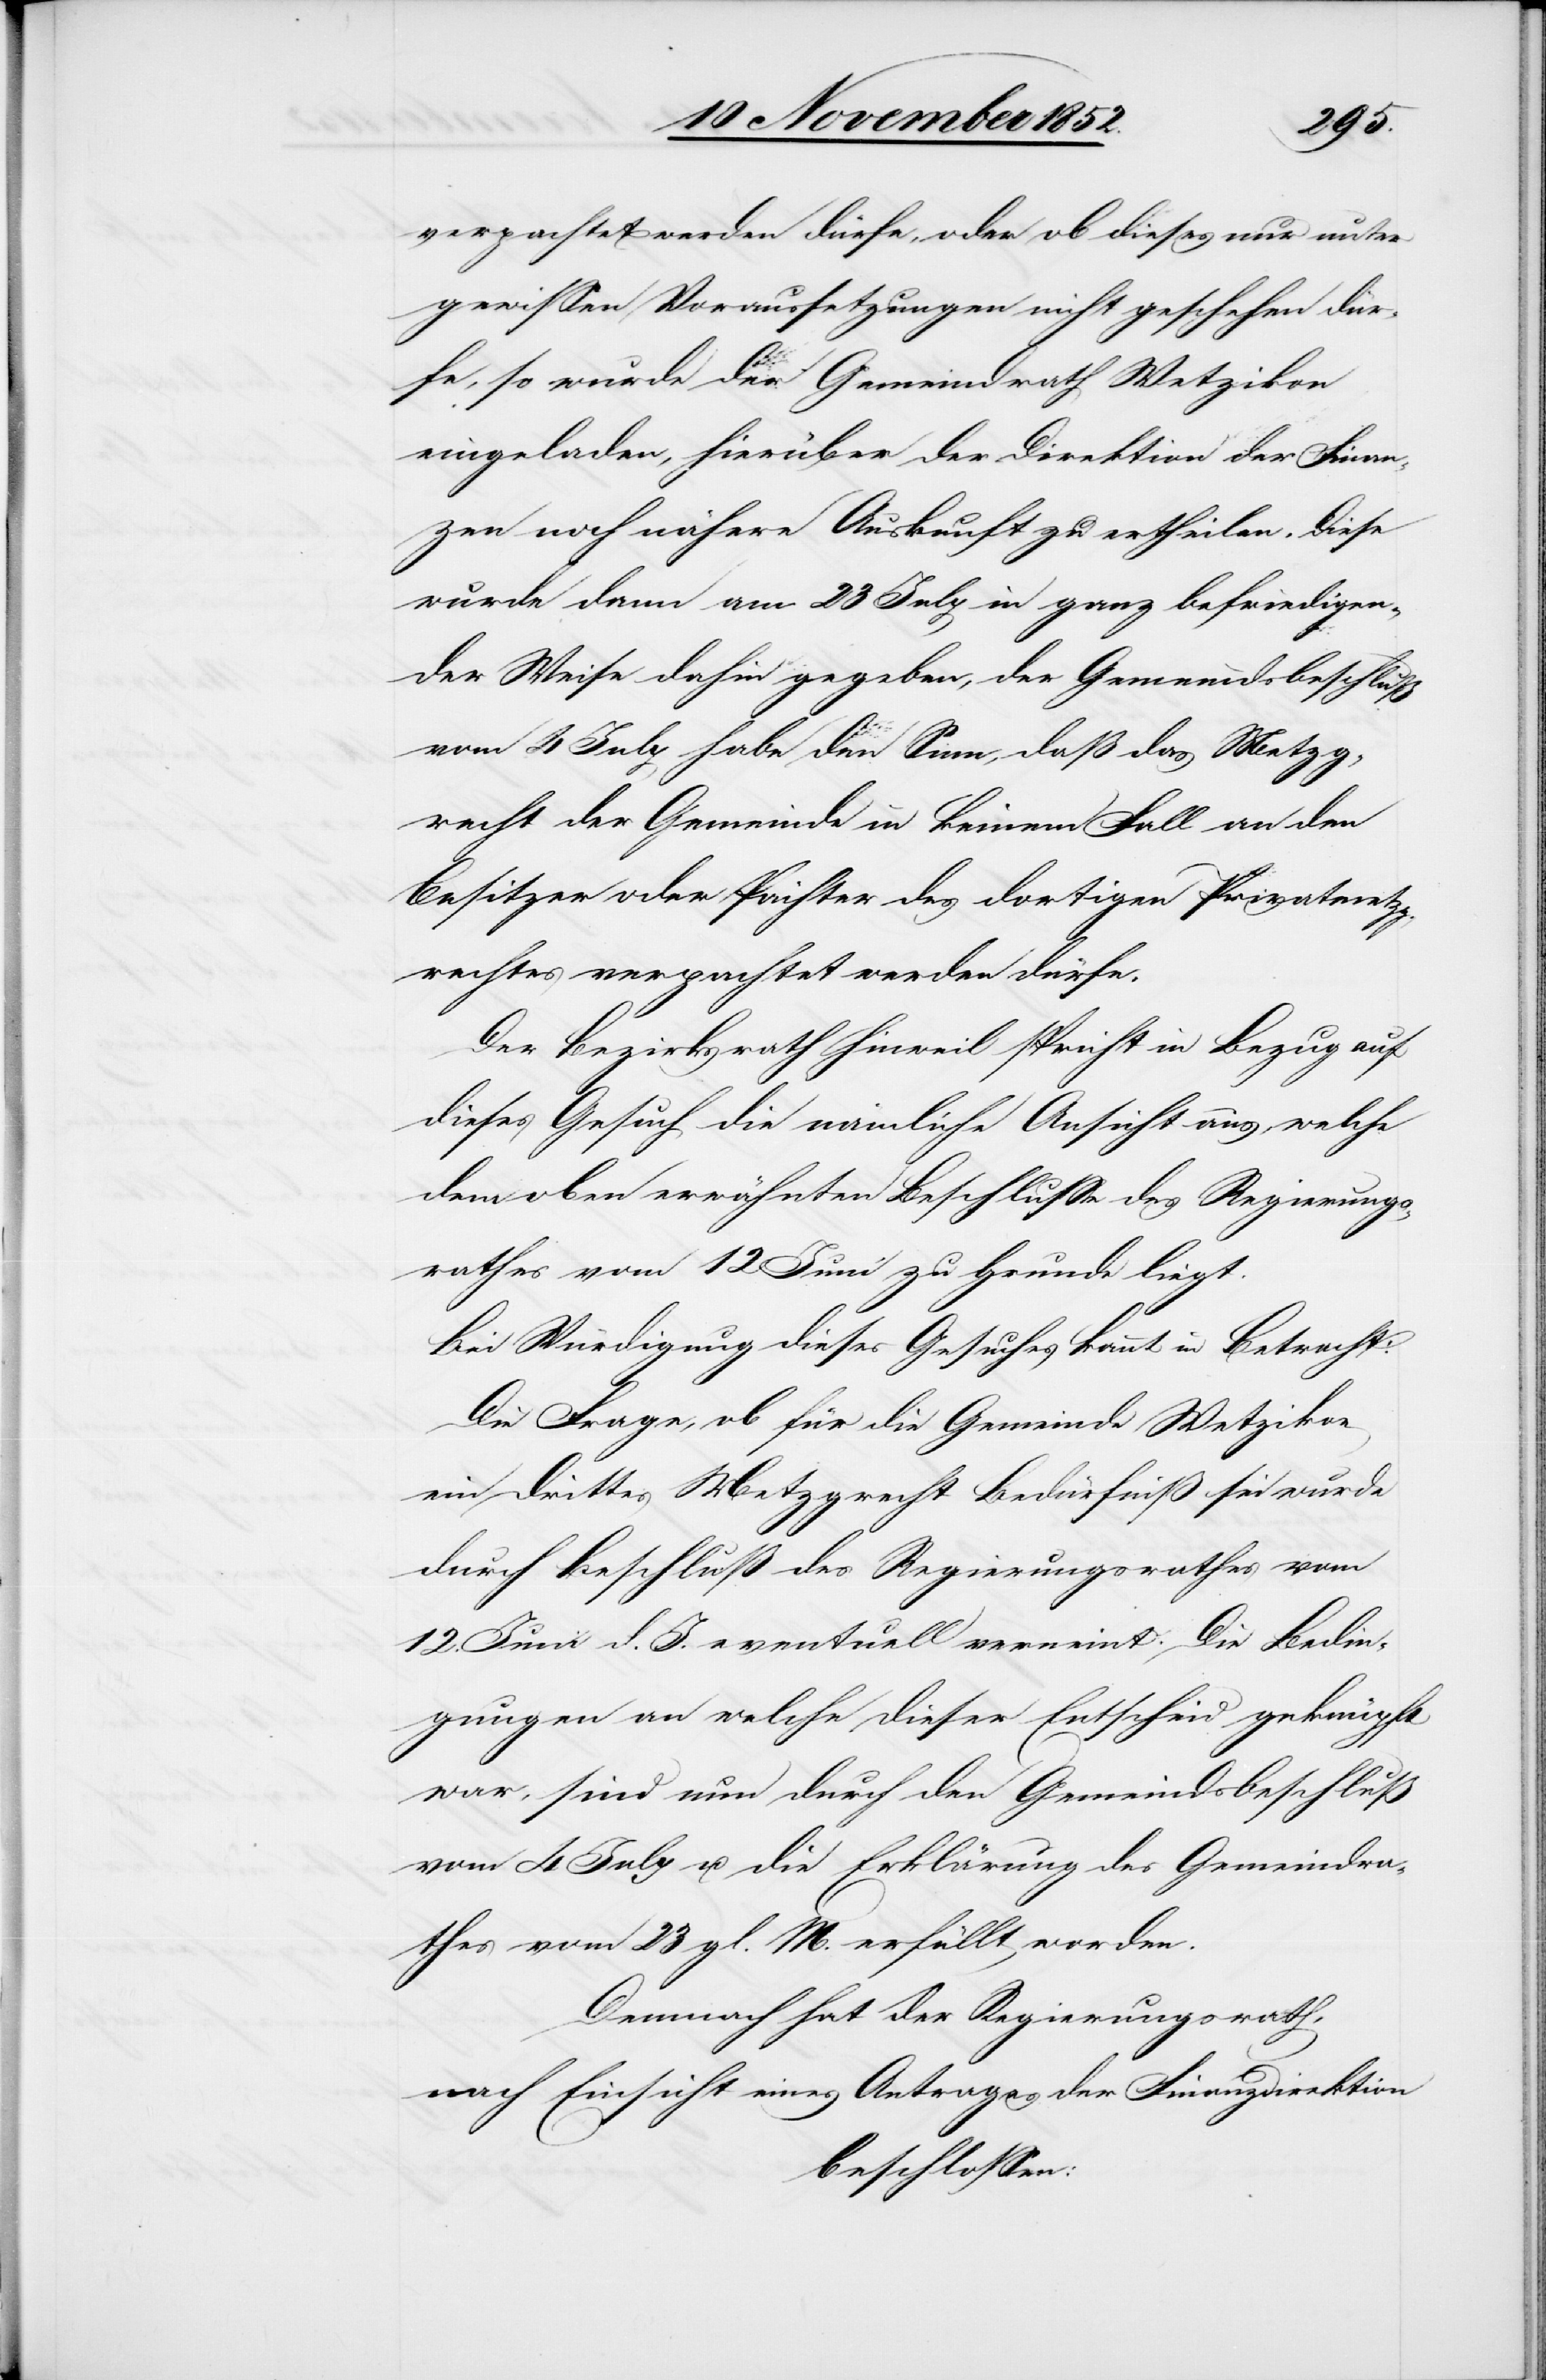
verpachtet werden dürfe, oder ob dieses nur unter
gewissen Voraussetzungen nicht geschehen dür¬
fe, so wurde der Gemeindrath Wetzikon
eingeladen, hierüber der Direktion der Finan¬
zen noch nähere Auskunft zu ertheilen. Diese
wurde dann am 23 July in ganz befriedigen¬
der Weise dahin gegeben, der Gemeindsbeschluß
vom 4 July habe den Sinn, daß das Metzg¬
recht der Gemeinde in keinem Fall an den
Besitzer oder Pächter des dortigen Privatmetzg¬
rechtes verpachtet werden dürfe.
Der Bezirksrath Hinweil spricht in Bezug auf
dieses Gesuch die nämliche Ansicht aus, welche
dem oben erwähnten Beschlusse des Regierungs¬
rathes vom 12 Juni zu Grunde liegt.
Bei Würdigung dieses Gesuches kommt in Betracht:
Die Frage, ob für die Gemeinde Wetzikon
ein drittes Metzgrecht Bedürfniß sei wurde
durch Beschluß des Regierungsrathes vom
12. Juni d. J. eventuell verneint. Die Bedin¬
gungen an welche dieser Entscheid geknüpft
war, sind nun durch den Gemeindsbeschluß
vom 4 July u. die Erklärung des Gemeindra¬
thes vom 23 gl. M. erfüllt worden.
Demnach hat der Regierungsrath,
nach Einsicht eines Antrages der Finanzdirektion
beschlossen: